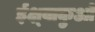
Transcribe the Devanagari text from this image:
ईक्ष्वाकुओं